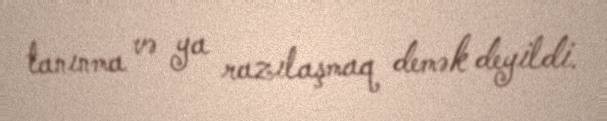
tanınma və ya razılaşmaq demək deyildi.